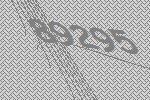
89295